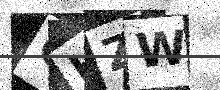
Text: GHZW